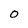
Character: O